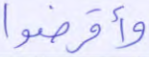
وأقرضوا